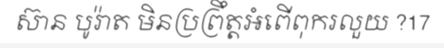
ស៊ាន បូរ៉ាត មិនប្រព្រឹត្តអំពើពុករលួយ ?17